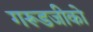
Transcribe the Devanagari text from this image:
गरूडजीको